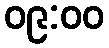
၀၉:၀၀